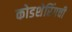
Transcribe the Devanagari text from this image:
कोडशेरिंगची